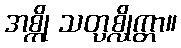
အစ္ကို သတ္ပစ္လိုက္တာ။